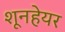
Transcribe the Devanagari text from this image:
शूनहेयर